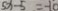
5 x - 5 = - 1 0